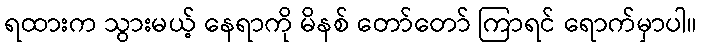
ရထားက သွားမယ့် နေရာကို မိနစ် တော်တော် ကြာရင် ရောက်မှာပါ။